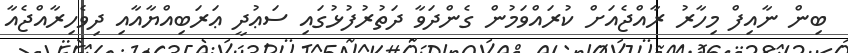
ބިން ނާއިފް މިހާރު ރާއްޖެއަށް ކުރައްވަމުން ގެންދަވާ ދަތުރުފުޅުގައި ސަޢުދީ ޢަރަބިއްޔާއާއި ދިވެހިރާއްޖެއާ